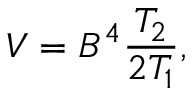
V = B ^ { 4 } \frac { T _ { 2 } } { 2 T _ { 1 } } ,